Punjab Mental Hospital Lahore 1932-46 - 1932-1946
Year: 1932
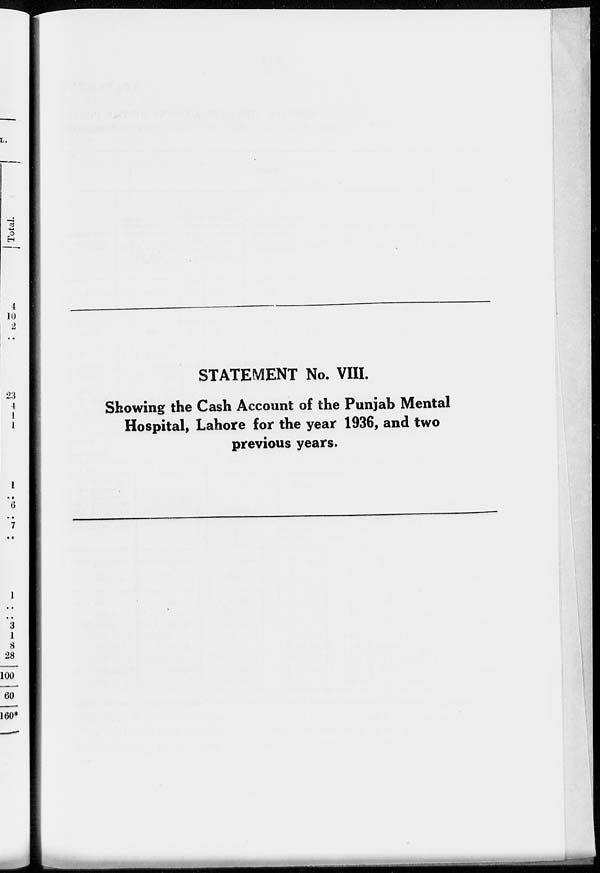
STATEMENT No. VIII.
Showing the Cash Account of the Punjab Mental
Hospital, Lahore for the year 1936, and two
previous years.